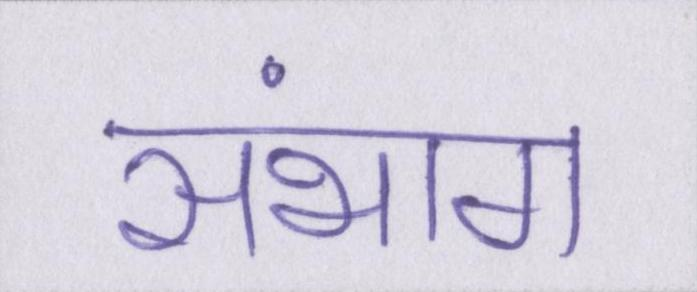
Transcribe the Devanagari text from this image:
संभाग